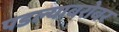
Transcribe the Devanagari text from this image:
पडल्याबरोबर